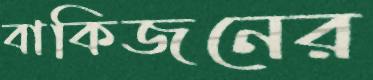
বাকিজনের